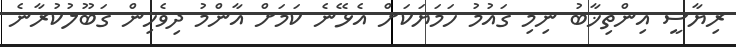
ރިޔާސީ އިންތިޚާބު ނިމި ގައުމު ހަމަޔަކަށް އެޅޭނެ ކަމަށް އާންމު ދިވެހިން ގަބޫލުކުރާނެ